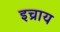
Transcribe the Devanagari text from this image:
इच्राय